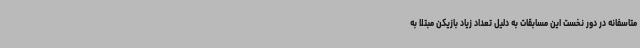
متاسفانه در دور نخست این مسابقات به دلیل تعداد زیاد بازیکن مبتلا به